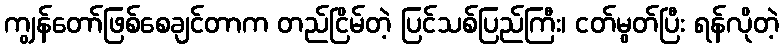
ကျွန်တော်ဖြစ်စေချင်တာက တည်ငြိမ်တဲ့ ပြင်သစ်ပြည်ကြီး၊ ငတ်မွတ်ပြီး ရန်လိုတဲ့